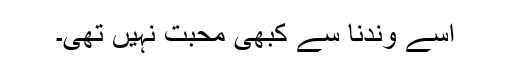
اسے وندنا سے کبھی محبت نہیں تھی۔